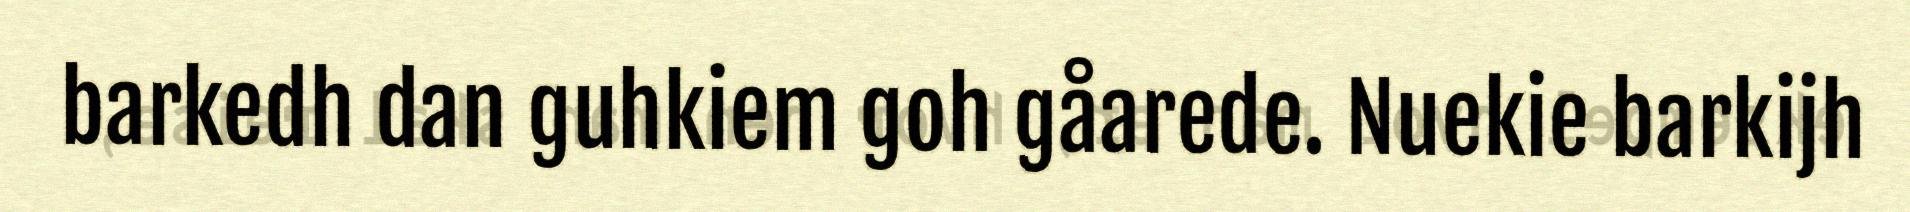
barkedh dan guhkiem goh gåarede. Nuekie barkijh